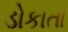
ડોકાતા